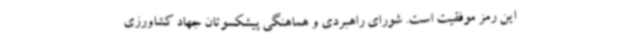
این رمز موفقیت است. شورای راهبردی و هماهنگی پیشکسوتان جهاد کشاورزی